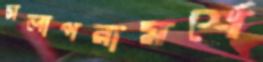
সলাপরামর্শে